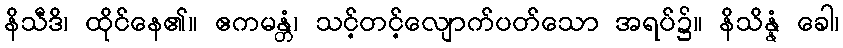
နိသီဒိ၊ ထိုင်နေ၏။ ဧကမန္တံ၊ သင့်တင့်လျောက်ပတ်သော အရပ်၌။ နိသိန္နံ ခေါ၊